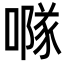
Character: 𠾕